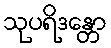
သုပရိဒန္တော